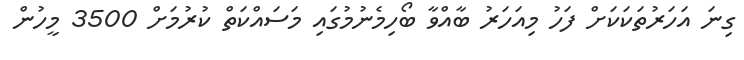
ގިނަ އަހަރުތަކަކަށް ފަހު މިއަހަރު ބާއްވާ ބޯހިމެނުމުގައި މަސައްކަތް ކުރުމަށް 3500 މީހުން